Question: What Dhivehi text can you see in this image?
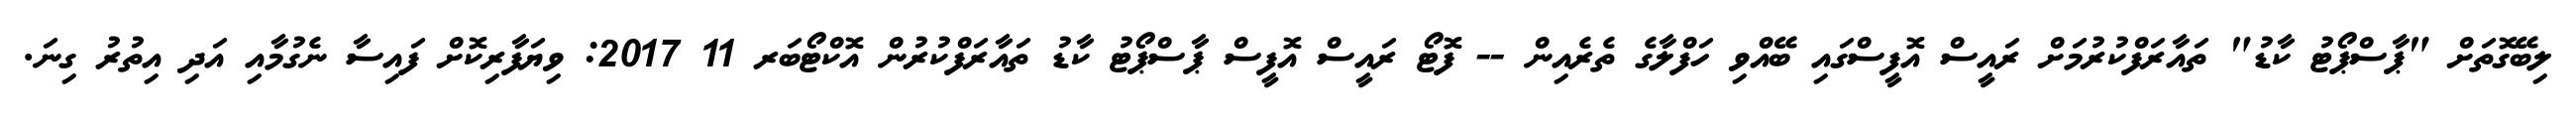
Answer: ލިބޭގޮތަށް "ޕާސްޕޯޓު ކާޑު" ތައާރަފްކުރުމަށް ރައީސް އޮފީސްގައި ބޭއްވި ހަފްލާގެ ތެރެއިން -- ފޮޓޯ ރައީސް އޮފީސް ޕާސްޕޯޓު ކާޑު ތައާރަފްކުރުން އޮކްޓޯބަރ 11 2017: ވިޔަފާރިކޮށް ފައިސާ ނެގުމާއި އަދި އިތުރު ގިނަ.